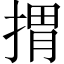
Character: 𢯮